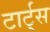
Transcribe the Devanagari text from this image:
टार्ट्‌स